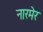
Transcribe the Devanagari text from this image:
नारमेर